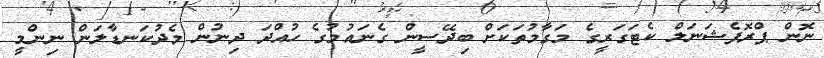
ނޮން ޕްރޮފެޝަނަލް ކެޓަގަރީގެ މަގާމުތަކަށް ބިދޭސީން ގެނައުމުގެ ހުއްދަ ދިނުން މެދުކަނޑާލަން ނިންމީ